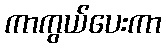
ကာကွယ်ပေးကာ